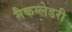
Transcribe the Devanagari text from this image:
मैकग्लेडरी